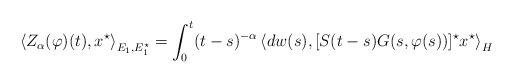
LaTeX: \begin{align*} &\left<Z_\alpha(\varphi)(t),x^\star \right>_{E_1,E_1^\star} = \int_0^t (t-s)^{-\alpha} \left< dw(s), [S(t-s)G(s,\varphi(s))]^\star x^\star \right>_H \end{align*}